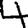
Digit: 4